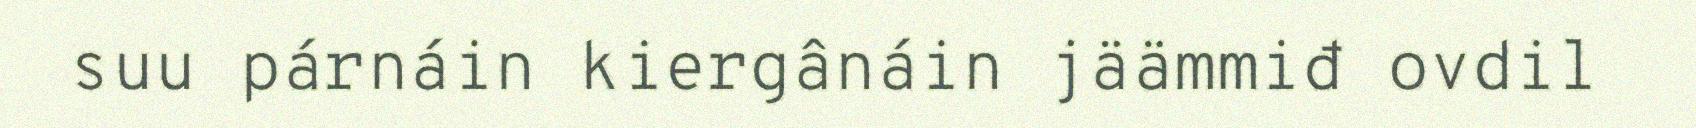
suu párnáin kiergânáin jäämmiđ ovdil